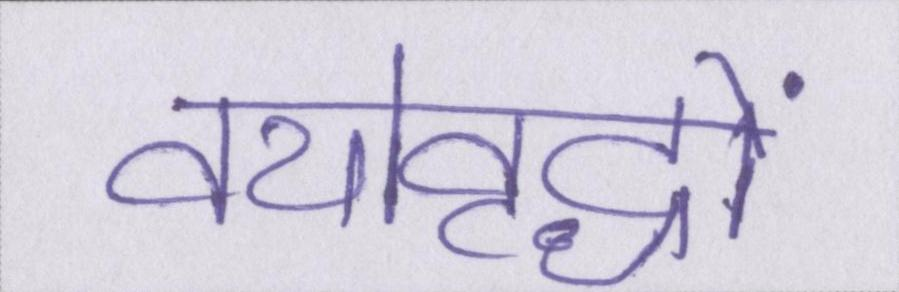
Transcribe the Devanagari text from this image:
वयोवृद्धों